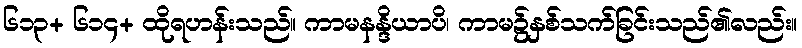
၆၁၃+ ၆၁၄+ ထိုရဟန်းသည်။ ကာမနန္ဒိယာပိ၊ ကာမ၌နှစ်သက်ခြင်းသည်၏လည်း။